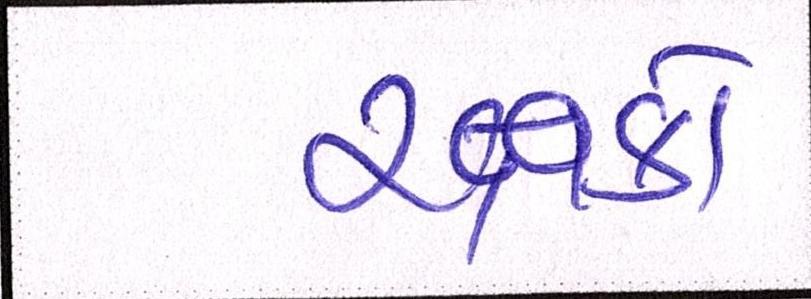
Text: રક્ષકો